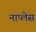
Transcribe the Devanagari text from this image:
नाप्लेस